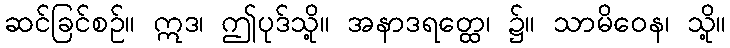
ဆင်ခြင်စဉ်။ ဣဒ၊ ဤပုဒ်သို့။ အနာဒရတ္ထေ၊ ၌။ သာမိဝေန၊ သို့။